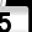
Digit: 5